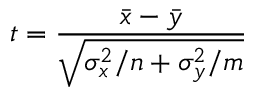
t = { \frac { { \bar { x } } - { \bar { y } } } { \sqrt { \sigma _ { x } ^ { 2 } / n + \sigma _ { y } ^ { 2 } / m } } }